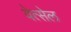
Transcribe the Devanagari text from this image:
वेत्सेल